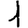
Digit: 1